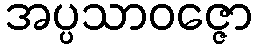
အပ္ပသာဝဇ္ဇော